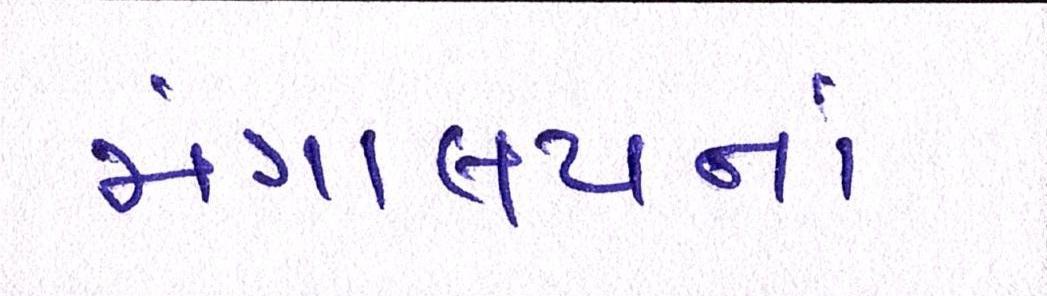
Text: મંત્રાલયનાં